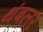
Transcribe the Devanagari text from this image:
थंबलर